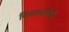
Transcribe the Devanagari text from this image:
बिबट्याचेही